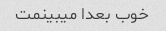
خوب بعدا میبینمت